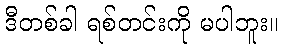
ဒီတစ်ခါ ရစ်တင်းကို မပါဘူး။